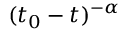
( t _ { 0 } - t ) ^ { - \alpha }